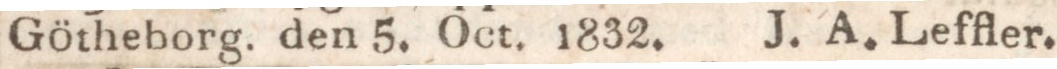
Götheborg. den 5. Oct. 1832.    J. A. Leffler.